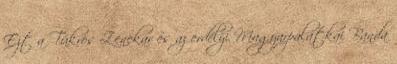
Ezt a Tükrös Zenekar és az erdélyi Magyarpalatkai Banda